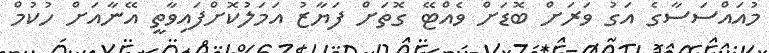
މުއައްސަސާގެ އަގު ވަރަށް ބޮޑަށް ވެއްޓޭ ގޮތަށް ފަޔާޒު އަމަލުކޮށްފައިވާތީ އޭނާއަށް ހުކުމް